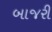
બાજરી